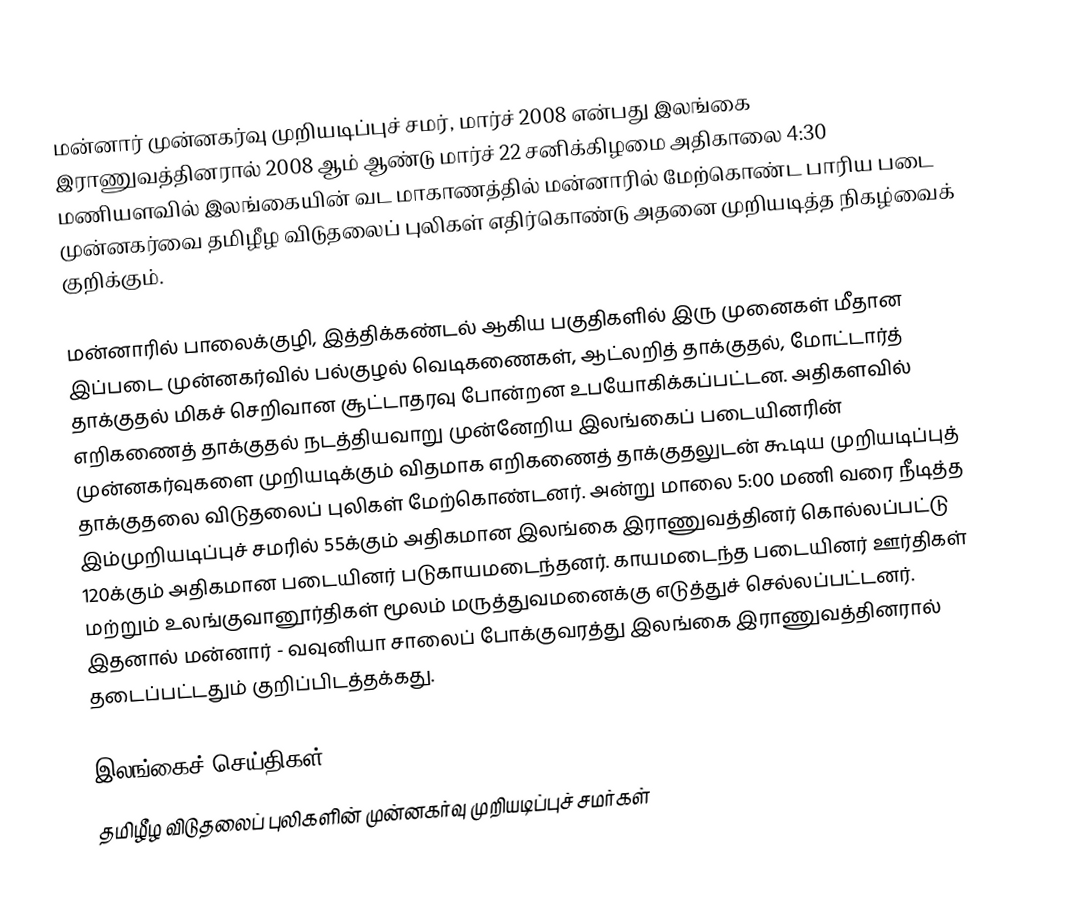
மன்னார் முன்னகர்வு முறியடிப்புச் சமர், மார்ச் 2008 என்பது இலங்கை இராணுவத்தினரால் 2008 ஆம் ஆண்டு மார்ச் 22 சனிக்கிழமை அதிகாலை 4:30 மணியளவில் இலங்கையின் வட மாகாணத்தில் மன்னாரில் மேற்கொண்ட பாரிய படை முன்னகர்வை தமிழீழ விடுதலைப் புலிகள் எதிர்கொண்டு அதனை முறியடித்த நிகழ்வைக் குறிக்கும்.

மன்னாரில் பாலைக்குழி, இத்திக்கண்டல் ஆகிய பகுதிகளில் இரு முனைகள் மீதான இப்படை முன்னகர்வில்  பல்குழல் வெடிகணைகள், ஆட்லறித் தாக்குதல், மோட்டார்த் தாக்குதல் மிகச் செறிவான சூட்டாதரவு போன்றன உபயோகிக்கப்பட்டன. அதிகளவில் எறிகணைத் தாக்குதல் நடத்தியவாறு முன்னேறிய இலங்கைப் படையினரின் முன்னகர்வுகளை முறியடிக்கும் விதமாக எறிகணைத் தாக்குதலுடன் கூடிய முறியடிப்புத் தாக்குதலை விடுதலைப் புலிகள் மேற்கொண்டனர். அன்று மாலை 5:00 மணி வரை நீடித்த இம்முறியடிப்புச் சமரில் 55க்கும் அதிகமான இலங்கை இராணுவத்தினர் கொல்லப்பட்டு 120க்கும் அதிகமான படையினர் படுகாயமடைந்தனர். காயமடைந்த படையினர் ஊர்திகள் மற்றும் உலங்குவானூர்திகள் மூலம் மருத்துவமனைக்கு எடுத்துச் செல்லப்பட்டனர். இதனால் மன்னார் - வவுனியா சாலைப் போக்குவரத்து இலங்கை இராணுவத்தினரால் தடைப்பட்டதும் குறிப்பிடத்தக்கது.

இலங்கைச் செய்திகள்
தமிழீழ விடுதலைப் புலிகளின் முன்னகர்வு முறியடிப்புச் சமர்கள்